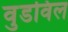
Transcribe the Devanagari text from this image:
वुडविल